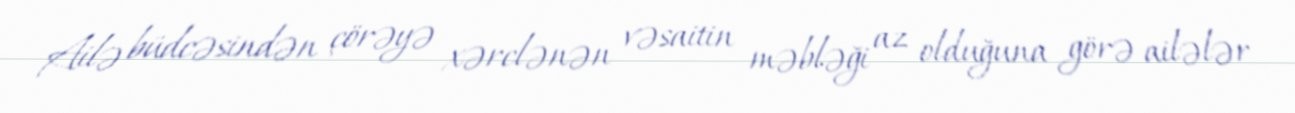
Ailə büdcəsindən çörəyə xərclənən vəsaitin məbləği az olduğuna görə ailələr